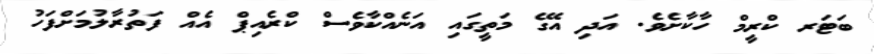
ބަޓަރ ކްރީމް ހާކާށެވެ. އަދި އޭގެ މަތީގައި އަނެއްކާވެސް ކްރެއިޕް އެއް ފަތުރާލުމަށްފަހު